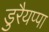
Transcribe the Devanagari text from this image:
डुरैयप्पा